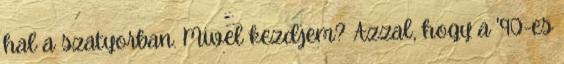
hal a szatyorban. Mivel kezdjem? Azzal, hogy a '90-es